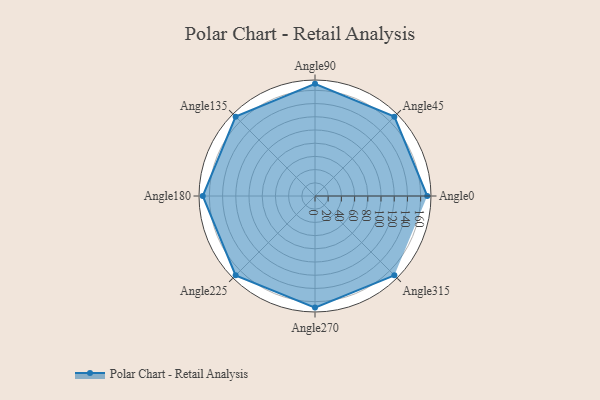
{"axis": {"x": "Angle", "y": "Radius"}, "legend": [""], "data": [{"x": "Angle0", "y": 170.0, "type": ""}, {"x": "Angle45", "y": 170, "type": ""}, {"x": "Angle90", "y": 170, "type": ""}, {"x": "Angle135", "y": 170, "type": ""}, {"x": "Angle180", "y": 170, "type": ""}, {"x": "Angle225", "y": 170, "type": ""}, {"x": "Angle270", "y": 169.0, "type": ""}, {"x": "Angle315", "y": 170, "type": ""}]}